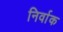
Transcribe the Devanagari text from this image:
निर्वाक